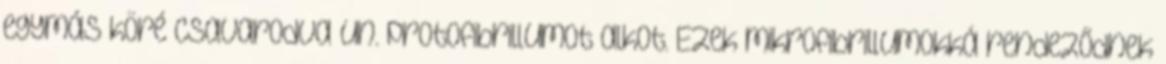
egymás köré csavarodva un. protofibrillumot alkot. Ezek mikrofibrillumokká rendeződnek